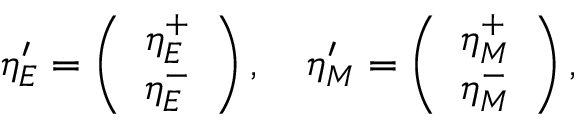
\eta _ { E } ^ { \prime } = \left( \begin{array} { c } { { \eta _ { E } ^ { + } } } \\ { { \eta _ { E } ^ { - } } } \end{array} \right) , \quad \eta _ { M } ^ { \prime } = \left( \begin{array} { c } { { \eta _ { M } ^ { + } } } \\ { { \eta _ { M } ^ { - } } } \end{array} \right) ,